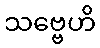
သဗ္ဗေဟိ